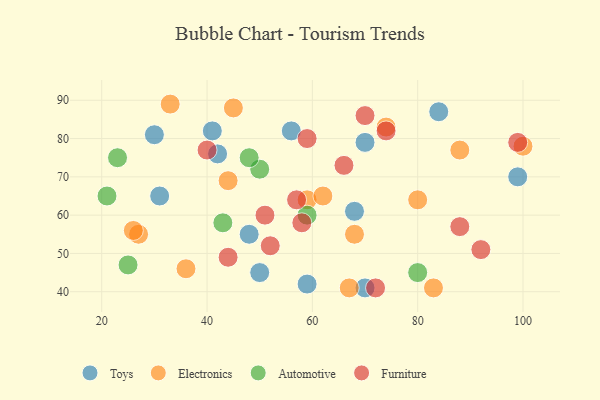
{"axis": {"x": "GDP", "y": "Life Expectancy"}, "legend": ["Automotive", "Electronics", "Furniture", "Toys"], "data": [{"x": "41", "y": 82, "type": "Toys"}, {"x": "68", "y": 61, "type": "Toys"}, {"x": "42", "y": 76, "type": "Toys"}, {"x": "84", "y": 87, "type": "Toys"}, {"x": "99", "y": 70, "type": "Toys"}, {"x": "59", "y": 42, "type": "Toys"}, {"x": "50", "y": 45, "type": "Toys"}, {"x": "56", "y": 82, "type": "Toys"}, {"x": "70", "y": 41, "type": "Toys"}, {"x": "70", "y": 79, "type": "Toys"}, {"x": "48", "y": 55, "type": "Toys"}, {"x": "30", "y": 81, "type": "Toys"}, {"x": "31", "y": 65, "type": "Toys"}, {"x": "27", "y": 55, "type": "Electronics"}, {"x": "83", "y": 41, "type": "Electronics"}, {"x": "33", "y": 89, "type": "Electronics"}, {"x": "68", "y": 55, "type": "Electronics"}, {"x": "74", "y": 83, "type": "Electronics"}, {"x": "67", "y": 41, "type": "Electronics"}, {"x": "44", "y": 69, "type": "Electronics"}, {"x": "36", "y": 46, "type": "Electronics"}, {"x": "88", "y": 77, "type": "Electronics"}, {"x": "59", "y": 64, "type": "Electronics"}, {"x": "80", "y": 64, "type": "Electronics"}, {"x": "45", "y": 88, "type": "Electronics"}, {"x": "100", "y": 78, "type": "Electronics"}, {"x": "26", "y": 56, "type": "Electronics"}, {"x": "62", "y": 65, "type": "Electronics"}, {"x": "50", "y": 72, "type": "Automotive"}, {"x": "43", "y": 58, "type": "Automotive"}, {"x": "23", "y": 75, "type": "Automotive"}, {"x": "80", "y": 45, "type": "Automotive"}, {"x": "25", "y": 47, "type": "Automotive"}, {"x": "48", "y": 75, "type": "Automotive"}, {"x": "21", "y": 65, "type": "Automotive"}, {"x": "59", "y": 60, "type": "Automotive"}, {"x": "51", "y": 60, "type": "Furniture"}, {"x": "88", "y": 57, "type": "Furniture"}, {"x": "72", "y": 41, "type": "Furniture"}, {"x": "74", "y": 82, "type": "Furniture"}, {"x": "92", "y": 51, "type": "Furniture"}, {"x": "44", "y": 49, "type": "Furniture"}, {"x": "40", "y": 77, "type": "Furniture"}, {"x": "58", "y": 58, "type": "Furniture"}, {"x": "57", "y": 64, "type": "Furniture"}, {"x": "52", "y": 52, "type": "Furniture"}, {"x": "99", "y": 79, "type": "Furniture"}, {"x": "66", "y": 73, "type": "Furniture"}, {"x": "70", "y": 86, "type": "Furniture"}, {"x": "59", "y": 80, "type": "Furniture"}]}